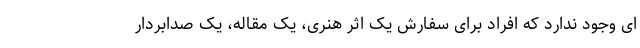
ای وجود ندارد که افراد برای سفارش یک اثر هنری، یک مقاله، یک صدابردار